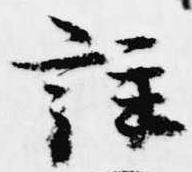
註